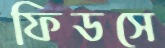
ফিডসে